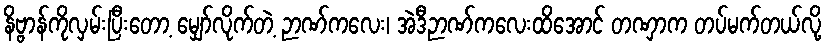
နိဗ္ဗာန်ကိုလှမ်းပြီးတော့ မျှော်လိုက်တဲ့ ဉာဏ်ကလေး၊ အဲဒီဉာဏ်ကလေးထိအောင် တဏှာက တပ်မက်တယ်လို့